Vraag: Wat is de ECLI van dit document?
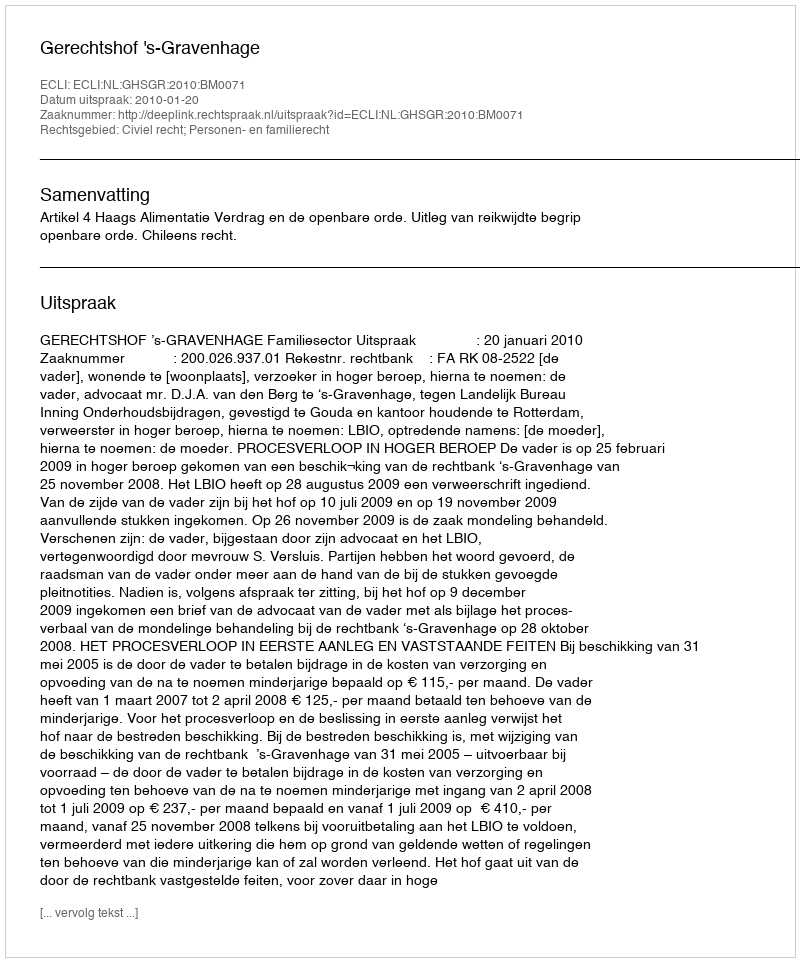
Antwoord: ECLI:NL:GHSGR:2010:BM0071